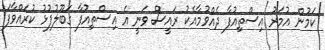
ކަމުން އުމަރު އިސްތިއުފާ ދެއްވުމާއެކު ރައީސް ވަނީ އެ އިސްތިއުފާ ގަބޫލުފުޅު ކުރައްވާފަ